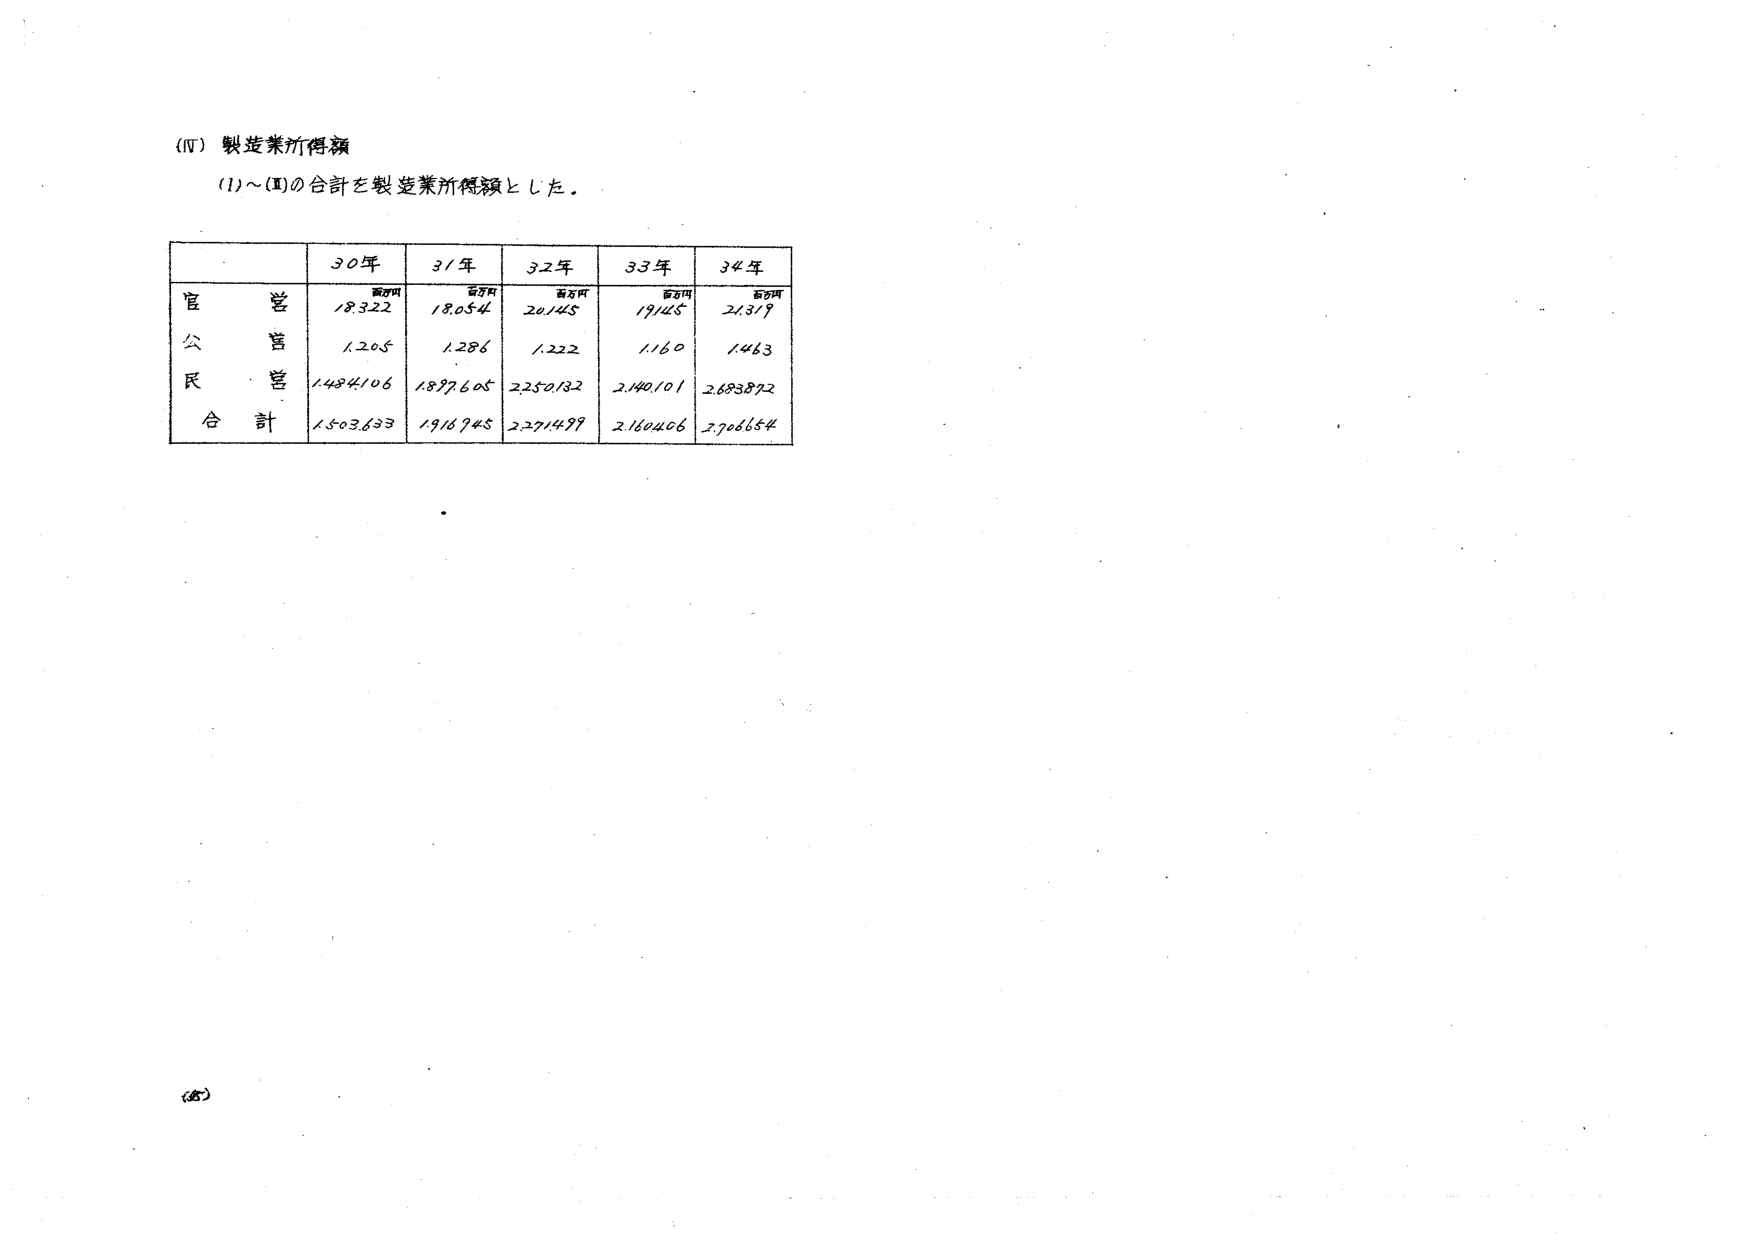
(Ⅳ) 製造業所得額
(1)～(Ⅲ)の合計を製造業所得額とした。

| | 30年 | 31年 | 32年 | 33年 | 34年 |
|---|---|---|---|---|---|
| 官営 | 百万円 18,322 | 百万円 18,054 | 百万円 20,145 | 百万円 19,145 | 百万円 21,319 |
| 公営 | 1,205 | 1,286 | 1,222 | 1,160 | 1,463 |
| 民営 | 1484,106 | 1577,605 | 2250,132 | 2140,101 | 2683,872 |
| 合計 | 1503,633 | 1916,945 | 2271,499 | 2160,406 | 2706,654 |

(5)